Civil Veterinary Department. Madras. Admin. report 1926-33 - 1926-1933
Year: 1926
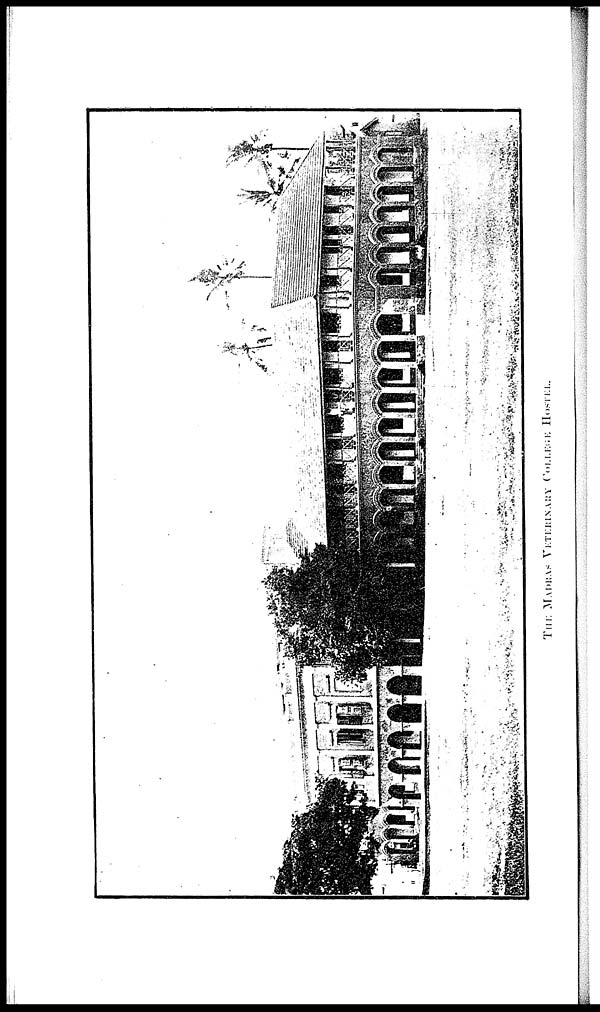
THE
MADRAS VETERINARY COLLEGE
HOSTEL.